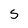
Character: S